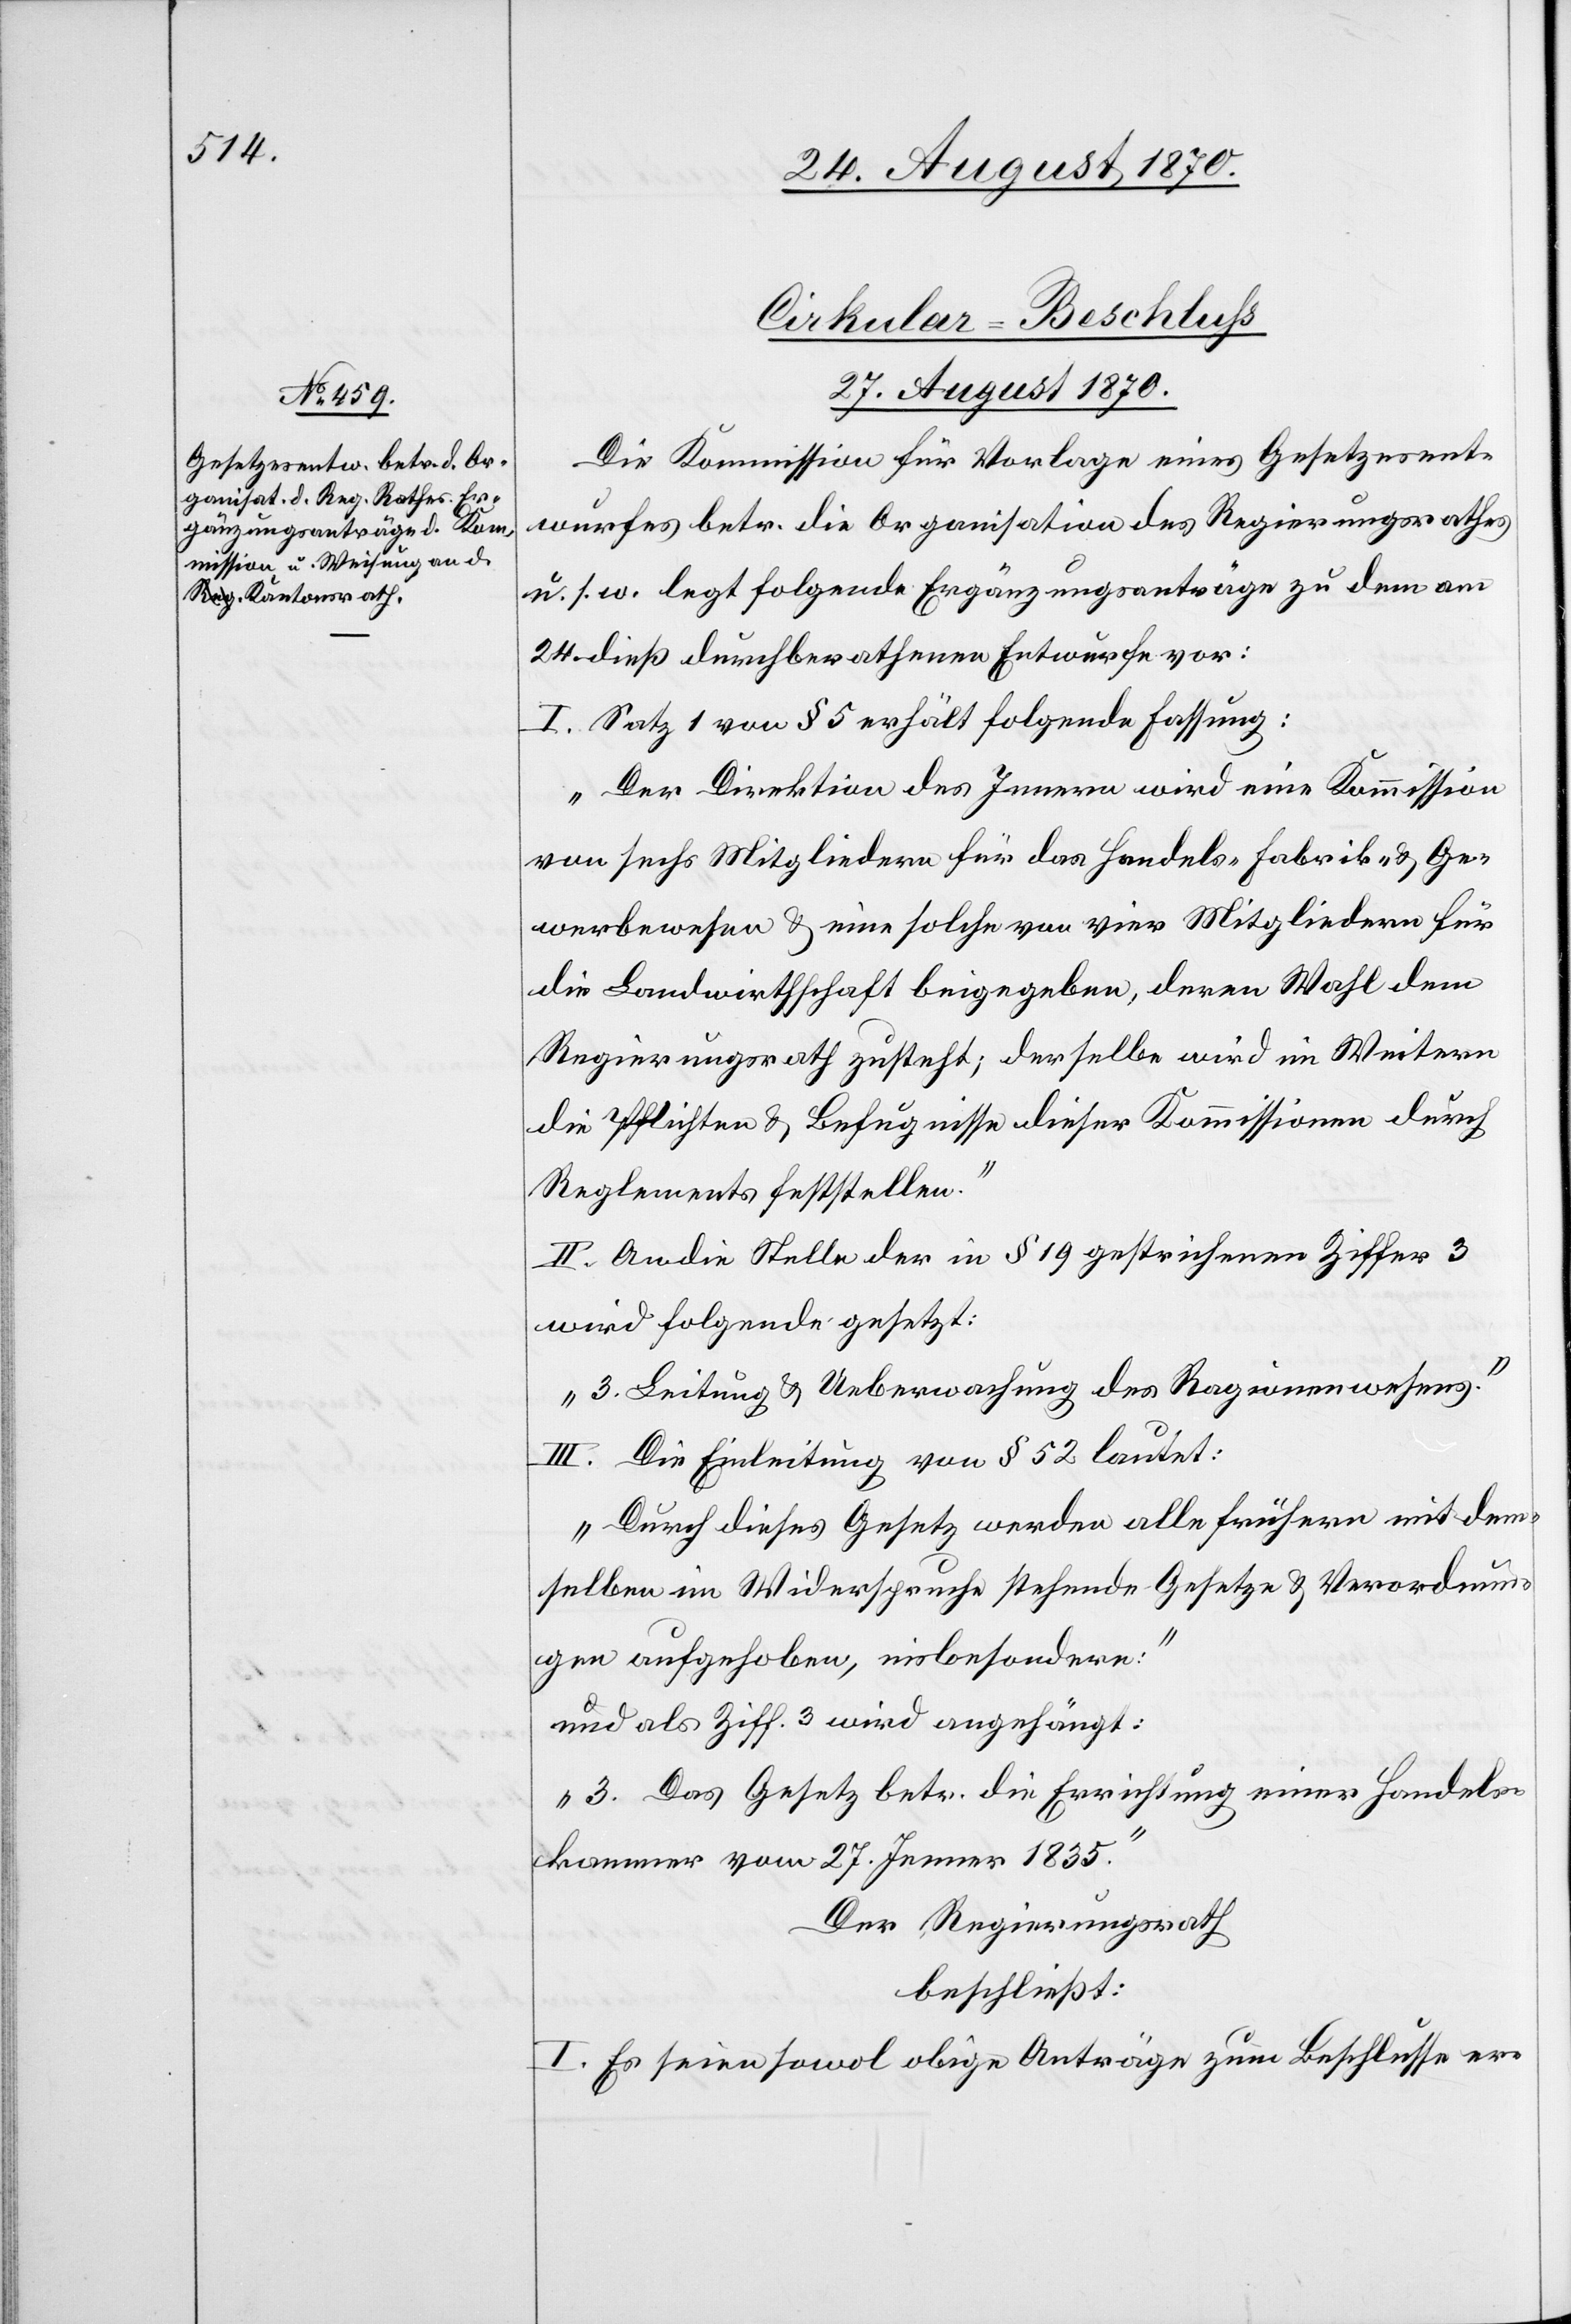
Cirkular-Beschluss
27. August 1870.
Die Kommission für Vorlage eines Gesetzesent¬
wurfes betr. die Organisation des Regierungsrathes
u. s. w. legt folgende Ergänzungsanträge zu dem am
24. dieß durchberathenen Entwurfe vor:
I. Satz 1 von § 5 erhält folgende Fassung:
„Der Direktion des Innern wird eine Kommission
von sechs Mitgliedern für das Handels- Fabrik- & Ge¬
werbswesen & eine solche von vier Mitgliedern für
die Landwirthschaft beigegeben, deren Wahl dem
Regierungsrath zusteht; derselbe wird im Weitern
die Pflichten & Befugnisse dieser Kommission durch
Reglements feststellen.“
II. An die Stelle der in § 19 gestrichenen Ziffer 3
wird folgende gesetzt:
„3. Leitung & Ueberwachung des Ragionenwesens.“
III. Die Einleitung von § 52 lautet:
„Durch dieses Gesetz werden alle frühern mit dem¬
selben im Widerspruche stehende Gesetze & Verordnun¬
gen aufgehoben, insbesondere:“
und als Ziff. 3 wird angehängt:
„3. Das Gesetz betr. die Errichtung einer Handels¬
kammer vom 27. Jenner 1835.“
Der Regierungsrath
beschließt:
I. Es seien sowol obige Anträge zum Beschlusse er-